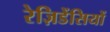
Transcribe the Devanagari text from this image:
रेज़िडेंसियों